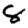
Digit: 8